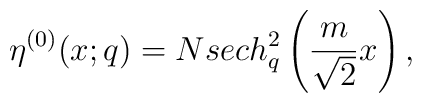
\eta^{(0)} (x;q) =Nsech^{2}_q\left(\frac{m}{\sqrt 2}x \right),